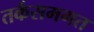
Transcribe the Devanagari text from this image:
तर्कसमगत